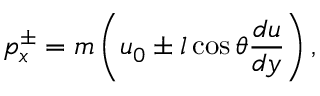
\quad p _ { x } ^ { \pm } = m \left( u _ { 0 } \pm l \cos \theta { \frac { d u } { d y } } \right) ,